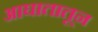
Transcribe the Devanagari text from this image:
आघातातून